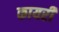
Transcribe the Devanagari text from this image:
कायरी